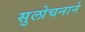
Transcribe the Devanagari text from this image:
सुलोचनाने